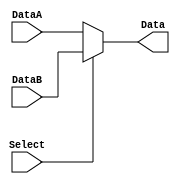
`timescale 1ns / 1ps
//////////////////////////////////////////////////////////////////////////////////
// Company: 
// Engineer: 
// 
// Design Name: 
// Module Name: Select5
// Project Name: 
// Target Devices: 
// Tool Versions: 
// Description: 
// 
// Dependencies: 
// 
// Revision:
// Revision 0.01 - File Created
// Additional Comments:
// 
//////////////////////////////////////////////////////////////////////////////////


module Select5(
    input Select,
    input [4:0] DataA, DataB,
    output [4:0] Data
    );
    assign Data = Select?DataB:DataA;
endmodule